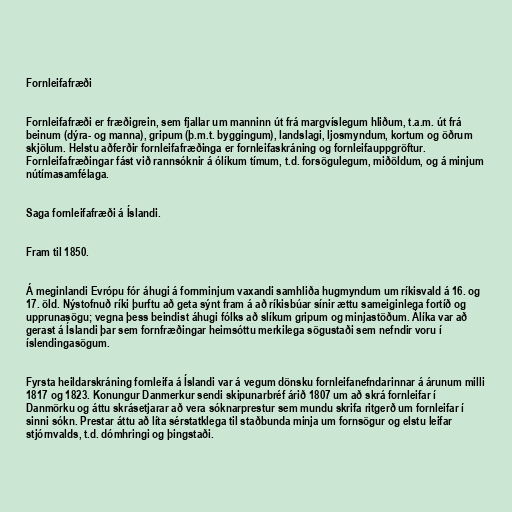
Fornleifafræði

Fornleifafræði er fræðigrein, sem fjallar um manninn út frá margvíslegum hliðum, t.a.m. út frá
beinum (dýra- og manna), gripum (þ.m.t. byggingum), landslagi, ljosmyndum, kortum og öðrum
skjölum. Helstu aðferðir fornleifafræðinga er fornleifaskráning og fornleifauppgröftur.
Fornleifafræðingar fást við rannsóknir á ólíkum tímum, t.d. forsögulegum, miðöldum, og á minjum
nútímasamfélaga.

Saga fornleifafræði á Íslandi.

Fram til 1850.

Á meginlandi Evrópu fór áhugi á fornminjum vaxandi samhliða hugmyndum um ríkisvald á 16. og
17. öld. Nýstofnuð ríki þurftu að geta sýnt fram á að ríkisbúar sínir ættu sameiginlega fortíð og
upprunasögu; vegna þess beindist áhugi fólks að slíkum gripum og minjastöðum. Álíka var að
gerast á Íslandi þar sem fornfræðingar heimsóttu merkilega sögustaði sem nefndir voru í
íslendingasögum.

Fyrsta heildarskráning fornleifa á Íslandi var á vegum dönsku fornleifanefndarinnar á árunum milli
1817 og 1823. Konungur Danmerkur sendi skipunarbréf árið 1807 um að skrá fornleifar í
Danmörku og áttu skrásetjarar að vera sóknarprestur sem mundu skrifa ritgerð um fornleifar í
sinni sókn. Prestar áttu að líta sérstatklega til staðbunda minja um fornsögur og elstu leifar
stjórnvalds, t.d. dómhringi og þingstaði.